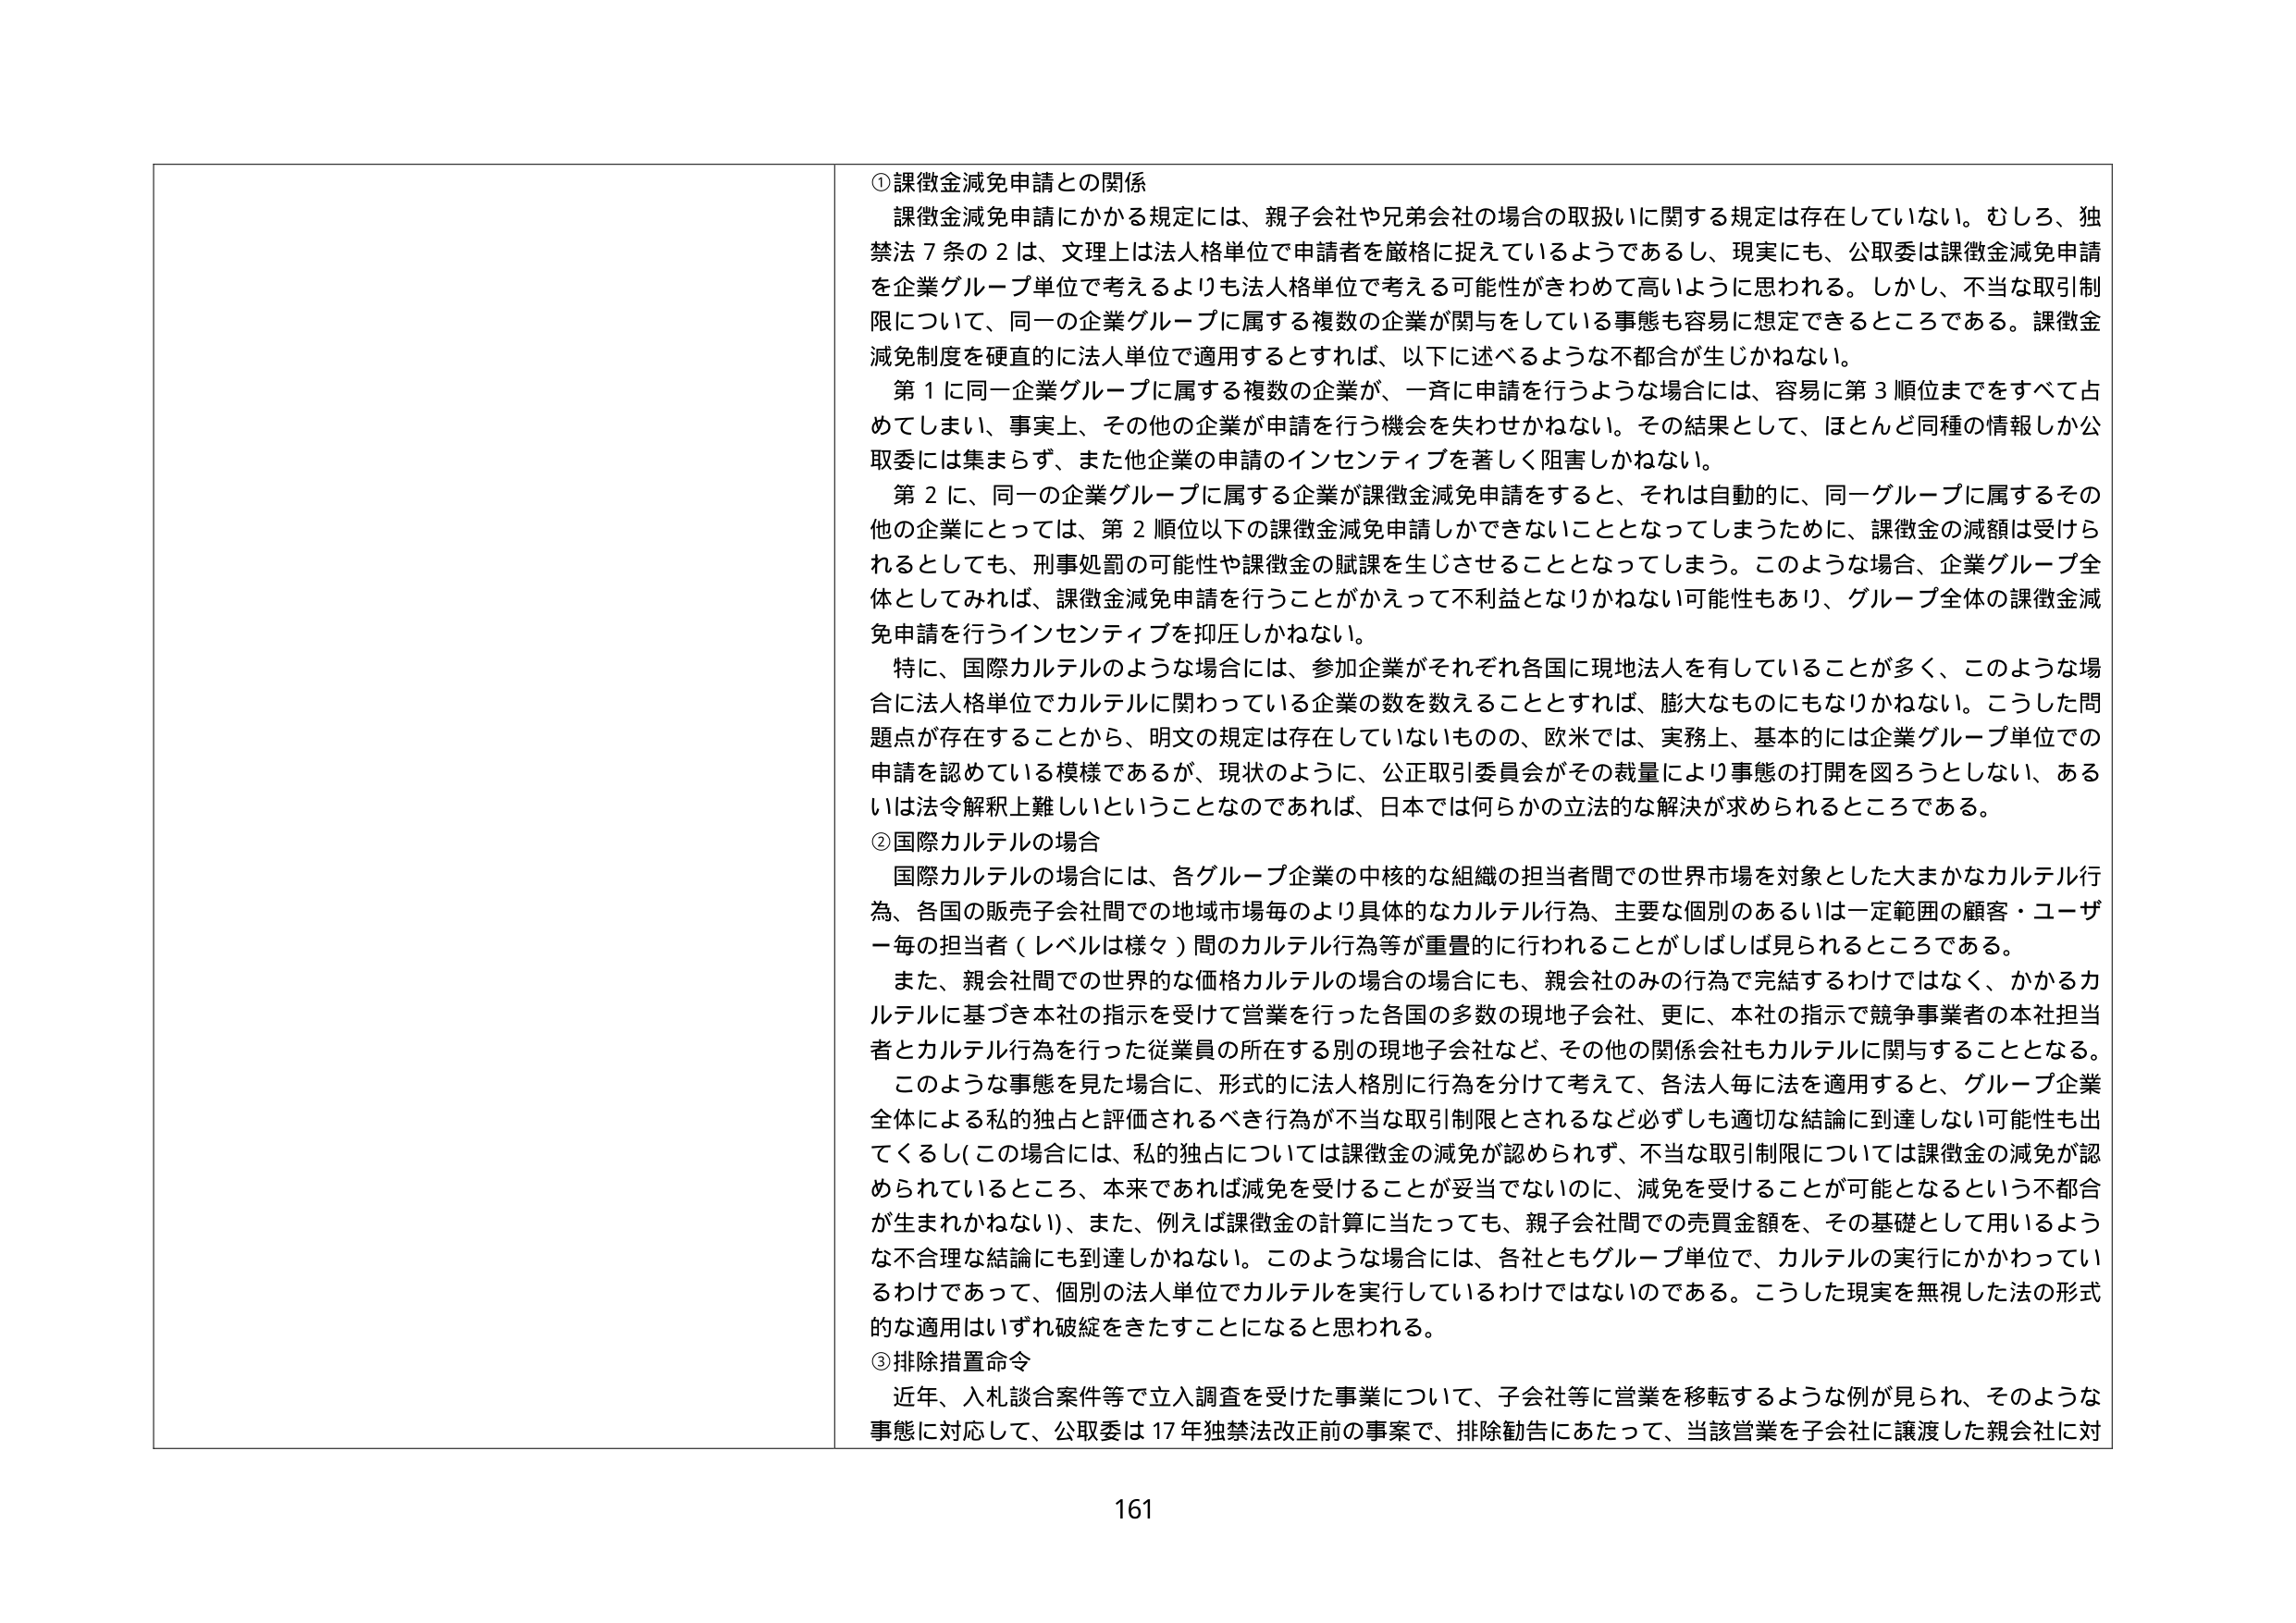
①課徴金減免申請との関係
課徴金減免申請にかかる規定には、親子会社や兄弟会社の場合の取扱いに関する規定は存在していない。むしろ、独禁法７条の２は、文理上は法人格単位で申請者を厳格に捉えているようであるし、現実にも、公取委は課徴金減免申請を企業グループ単位で考えるよりも法人格単位で考える可能性がきわめて高いように思われる。しかし、不当な取引制限について、同一の企業グループに属する複数の企業が関与をしている事態も容易に想定できるところである。課徴金減免制度を硬直的に法人単位で適用するとすれば、以下に述べるような不都合が生じかねない。
第１に同一企業グループに属する複数の企業が、一斉に申請を行うような場合には、容易に第３順位までをすべて占めてしまい、事実上、その他の企業が申請を行う機会を失わせかねない。その結果として、ほとんど同種の情報しか公取委には集まらず、また他企業の申請のインセンティブを著しく阻害しかねない。
第２に、同一の企業グループに属する企業が課徴金減免申請をすると、それは自動的に、同一グループに属するその他の企業にとっては、第２順位以下の課徴金減免申請しかできないこととなってしまうために、課徴金の減額は受けられるとしても、刑事処罰の可能性や課徴金の賦課を生じさせることとなってしまう。このような場合、企業グループ全体としてみれば、課徴金減免申請を行うことがかえって不利益となりかねない可能性もあり、グループ全体の課徴金減免申請を行うインセンティブを抑圧しかねない。
特に、国際カルテルのような場合には、参加企業がそれぞれ各国に現地法人を有していることが多く、このような場合に法人格単位でカルテルに関わっている企業の数を数えることとすれば、膨大なものにもなりかねない。こうした問題点が存在することから、明文の規定は存在していないものの、欧米では、実務上、基本的には企業グループ単位での申請を認めている模様であるが、現状のように、公正取引委員会がその裁量により事態の打開を図ろうとしない、あるいは法令解釈上難しいということなのであれば、日本では何らかの立法的な解決が求められるところである。

②国際カルテルの場合
国際カルテルの場合には、各グループ企業の中核的な組織の担当者間での世界市場を対象とした大まかなカルテル行為、各国の販売子会社間での地域市場毎のより具体的なカルテル行為、主要な個別のあるいは一定範囲の顧客・ユーザー毎の担当者（レベルは様々）間のカルテル行為等が重畳的に行われることがしばしば見られるところである。
また、親会社間での世界的な価格カルテルの場合の場合にも、親会社のみの行為で完結するわけではなく、かかるカルテルに基づき本社の指示を受けて営業を行った各国の多数の現地子会社、更に、本社の指示で競争事業者の本社担当者とカルテル行為を行った従業員の所在する別の現地子会社など、その他の関係会社もカルテルに関与することとなる。
このような事態を見た場合に、形式的に法人格別に行為を分けて考えて、各法人毎に法を適用すると、グループ企業全体による私的独占と評価されるべき行為が不当な取引制限とされるなど必ずしも適切な結論に到達しない可能性も出てくるし（この場合には、私的独占については課徴金の減免が認められず、不当な取引制限については課徴金の減免が認められているところ、本来であれば減免を受けることが妥当でないのに、減免を受けることが可能となるという不都合が生まれかねない）、また、例えば課徴金の計算に当たっても、親子会社間での売買金額を、その基礎として用いるような不合理な結論にも到達しかねない。このような場合には、各社ともグループ単位で、カルテルの実行にかかわっているわけであって、個別の法人単位でカルテルを実行しているわけではないのである。こうした現実を無視した法の形式的な適用はいずれ破綻をきたすことになると思われる。

③排除措置命令
近年、入札談合案件等で立入調査を受けた事業について、子会社等に営業を移転するような例が見られ、そのような事態に対応して、公取委は17年独禁法改正前の事案で、排除勧告にあたって、当該営業を子会社に譲渡した親会社に対

161